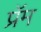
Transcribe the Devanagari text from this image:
प्रॅम